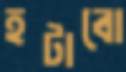
হটাবো